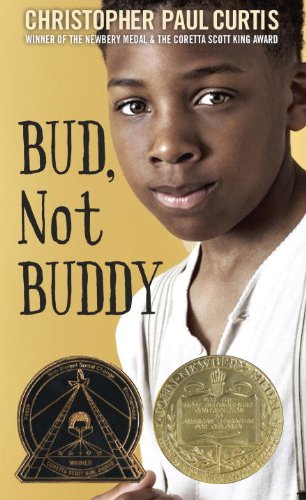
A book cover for Bud, Not Buddy; Christopher Paul Curtis; Children's Books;